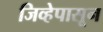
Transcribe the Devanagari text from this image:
जिव्हेपासून